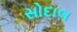
સોદાલ